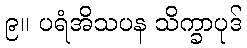
၉။ ပရံအိသပန သိက္ခာပုဒ်